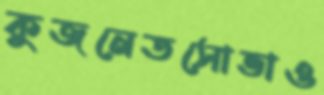
কুজনেতসোভাও